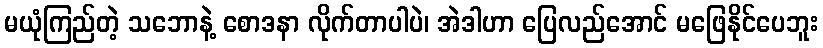
မယုံကြည်တဲ့ သဘောနဲ့ စောဒနာ လိုက်တာပါပဲ၊ အဲဒါဟာ ပြေလည်အောင် မဖြေနိုင်ပေဘူး